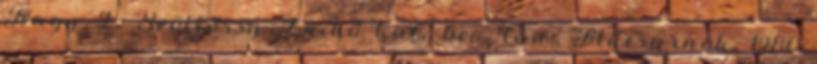
Nagy I.: Szöllőssy Enikő kat., bev. tan., Műcsarnok, 1980